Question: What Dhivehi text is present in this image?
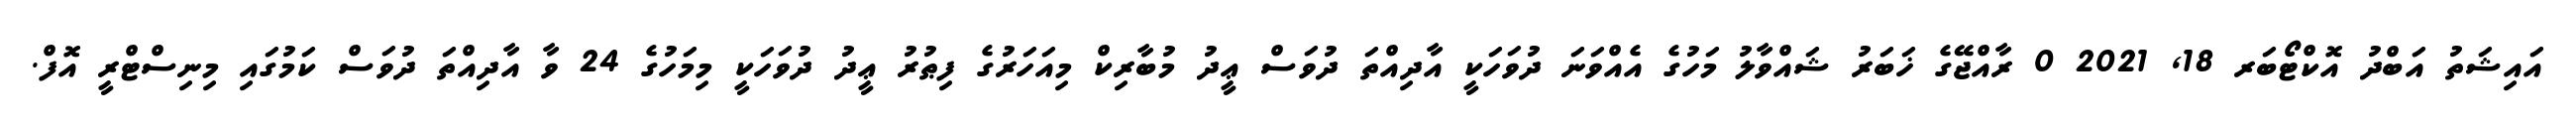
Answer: އައިޝަތު އަބްދު އޮކްޓޯބަރ 18, 2021 0 ރާއްޖޭގެ ޚަބަރު ޝައްވާލު މަހުގެ އެއްވަނަ ދުވަހަކީ އާދިއްތަ ދުވަސް ޢީދު މުބާރިކް މިއަހަރުގެ ފިޠުރު ޢީދު ދުވަހަކީ މިމަހުގެ 24 ވާ އާދިއްތަ ދުވަސް ކަމުގައި މިނިސްޓްރީ އޮފް.